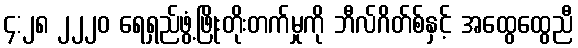
၄:၂၈ ၂၂၂၀ ရေရှည်ဖွံ့ဖြိုးတိုးတက်မှုကို ဘီလ်ဂိတ်စ်နှင့် အထွေထွေညီ